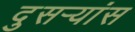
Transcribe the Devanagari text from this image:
दुसर्‍यांस